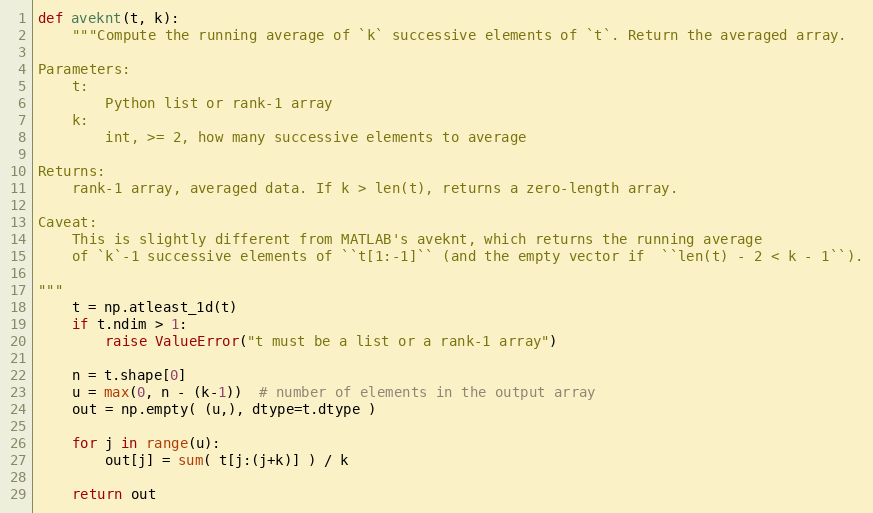
Language: Python
def aveknt(t, k):
    """Compute the running average of `k` successive elements of `t`. Return the averaged array.

Parameters:
    t:
        Python list or rank-1 array
    k:
        int, >= 2, how many successive elements to average

Returns:
    rank-1 array, averaged data. If k > len(t), returns a zero-length array.

Caveat:
    This is slightly different from MATLAB's aveknt, which returns the running average
    of `k`-1 successive elements of ``t[1:-1]`` (and the empty vector if  ``len(t) - 2 < k - 1``).

"""
    t = np.atleast_1d(t)
    if t.ndim > 1:
        raise ValueError("t must be a list or a rank-1 array")

    n = t.shape[0]
    u = max(0, n - (k-1))  # number of elements in the output array
    out = np.empty( (u,), dtype=t.dtype )

    for j in range(u):
        out[j] = sum( t[j:(j+k)] ) / k

    return out